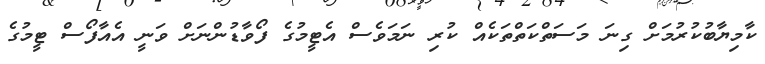
ކާމިޔާބުކުރުމަށް ގިނަ މަސަތްކަތްތަކެއް ކުރި ނަމަވެސް އެޓީމުގެ ފޯވާޑުންނަށް ވަނީ އެއާފޯސް ޓީމުގެ